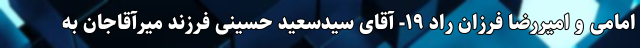
امامی و امیررضا فرزان راد ۱۹- آقای سیدسعید حسینی فرزند میرآقاجان به